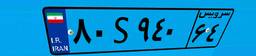
۸۰S۹۴۰۶۴